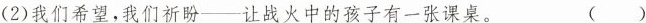
(2)我们希望，我们祈盼—让战火中的孩子有一张课桌。 ( )